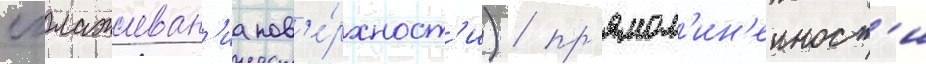
сглаживан'иа пов'е́рхност'и) / пр'ямол'ин'еиност'и